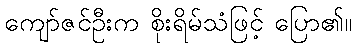
ကျော်ဇင်ဦးက စိုးရိမ်သံဖြင့် ပြော၏။